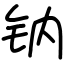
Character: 钠